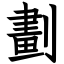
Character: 劃